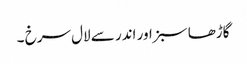
گاڑھا سبز اور اندر سے لال سرخ ۔